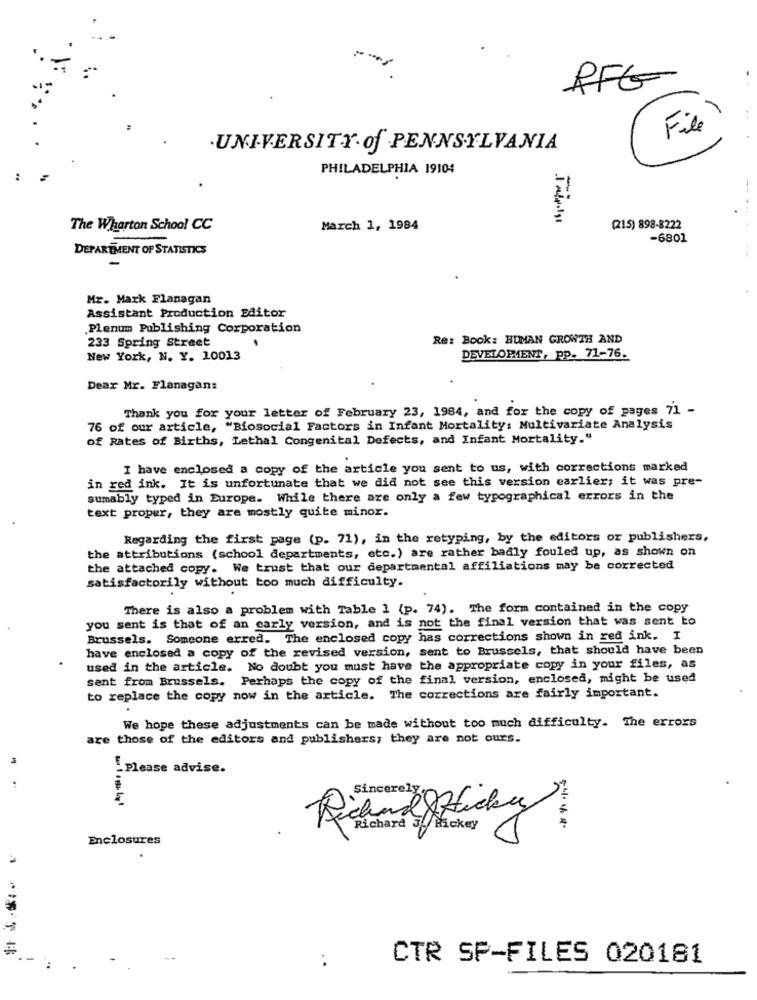
RFG
..
File ?
UNIVERSITY of PENNSYLVANIA
PHILADELPHIA 19104
The Wharton School CC
March 1, 1984
[215) 898-8222
-6801
DEPARTMENT OF STATISTICS
Mr. Mark Flanagan
Assistant Production Editor
.Plenum Publishing Corporation
Re: Book: HUMAN GROWTH AND
233 Spring Street
New York, N. Y. 10013
DEVELOPMENT, pp. 71-76.
Dear Mr. Flanagan:
Thank you for your letter of February 23, 1984, and for the copy of pages 71 -
76 of our article, "Biosocial Factors in Infant Mortality: Multivariate Analysis
of Rates of Births, Lethal Congenital Defects, and Infant Mortality."
I have enclosed a copy of the article you sent to us, with corrections marked
in red ink. It is unfortunate that we did not see this version earlier; it was pre-
sumably typed in Europe. While there are only a few typographical errors in the
text proper, they are mostly quite minor.
Regarding the first page (p. 71), in the retyping, by the editors or publishers,
the attributions (school departments, etc.) are rather badly fouled up, as shown on
the attached copy. We trust that our departmental affiliations may be corrected
satisfactorily without too much difficulty.
There is also a problem with Table 1 (p. 74). The form contained in the copy
you sent is that of an carly version, and is not the final version that was sent to
Brussels. Someone erred. The enclosed copy has corrections shown in red ink. I
have enclosed a copy of the revised version, sent to Brussels, that should have been
used in the article. No doubt you must have the appropriate copy in your files, as
sent from Brussels. Perhaps the copy of the final version, enclosed, might be used
to replace the copy now in the article. The corrections are fairly important.
We hope these adjustments can be made without too much difficulty. The errors
are those of the editors and publishers; they are not ours.
.Please advise.
Sincere] :Office
Richard Hte
Richard J. Hickey
Enclosures
CTR SP-FILES 020181
: